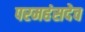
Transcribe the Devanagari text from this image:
परमहंसदेव